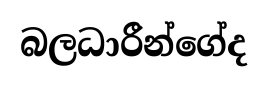
බලධාරීන්ගේද